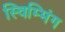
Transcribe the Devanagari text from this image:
स्विम्मिंग